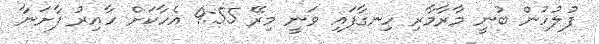
ފުލުހުން ބުނީ މާރާމާރި ހިނގާފައި ވަނީ މިރޭ 9:55 އެހާކަށް ހާއިރު ފާށަނާ